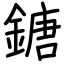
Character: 鎕